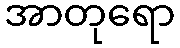
အာတုရော